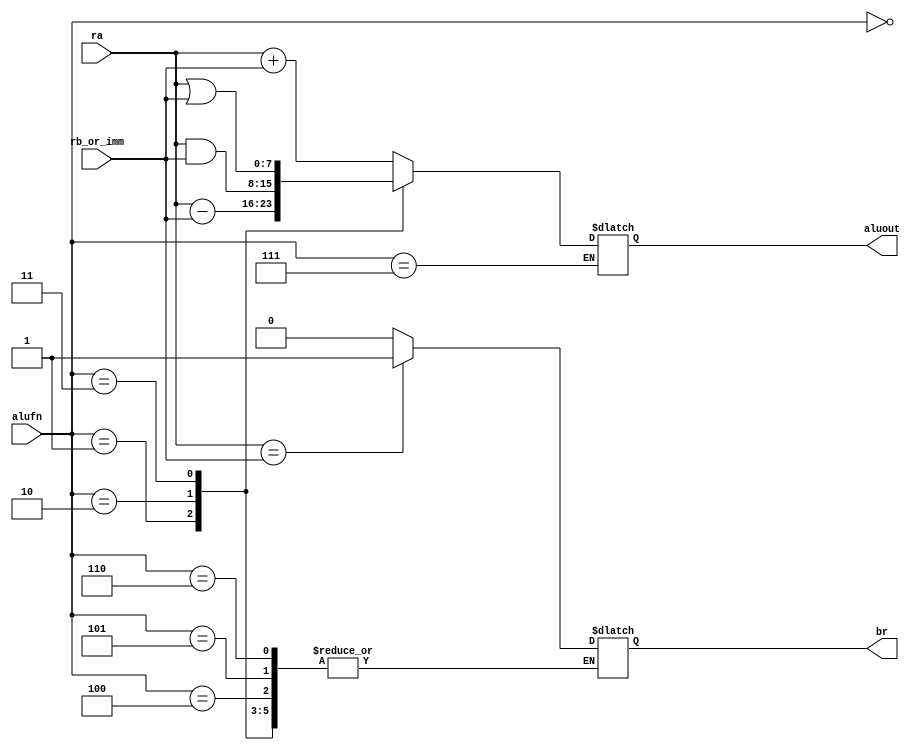
module alu(
	input [2:0] alufn,
	input [7:0] ra,
	input [7:0] rb_or_imm,
	output reg [7:0] aluout,
	output reg br);

parameter	ALU_OP_ADD	= 3'b000,
			ALU_OP_SUB	= 3'b001,
			ALU_OP_AND	= 3'b010,
			ALU_OP_OR	= 3'b011,
			ALU_OP_ADDI	= 3'b100,
			ALU_OP_LW	= 3'b101,
			ALU_OP_SW	= 3'b110,
			ALU_OP_BEQ	= 3'b111;

always @(*) 
begin
	case(alufn)
			ALU_OP_ADD 	: aluout = ra + rb_or_imm;
			ALU_OP_SUB 	: aluout = ra - rb_or_imm;
			ALU_OP_AND 	: aluout = ra & rb_or_imm;
			ALU_OP_OR	: aluout = ra | rb_or_imm;
			ALU_OP_ADDI	: aluout = ra + rb_or_imm;
			ALU_OP_LW	: aluout = ra + rb_or_imm;
			ALU_OP_SW	: aluout = ra + rb_or_imm;
			ALU_OP_BEQ	: begin
							br = (ra==rb_or_imm)?1'b1:1'b0; 
						  end
	endcase
end

endmodule